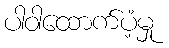
ပါဝါထောက်ပံ့မှု